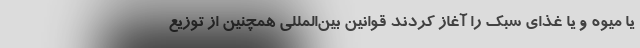
یا میوه و یا غذای سبک را آغاز کردند قوانین بین‌المللی همچنین از توزیع